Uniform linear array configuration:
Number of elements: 64
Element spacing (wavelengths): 0.25
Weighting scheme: blackman
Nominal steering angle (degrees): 0
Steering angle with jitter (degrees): -1.524
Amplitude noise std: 0.05
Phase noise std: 0.05

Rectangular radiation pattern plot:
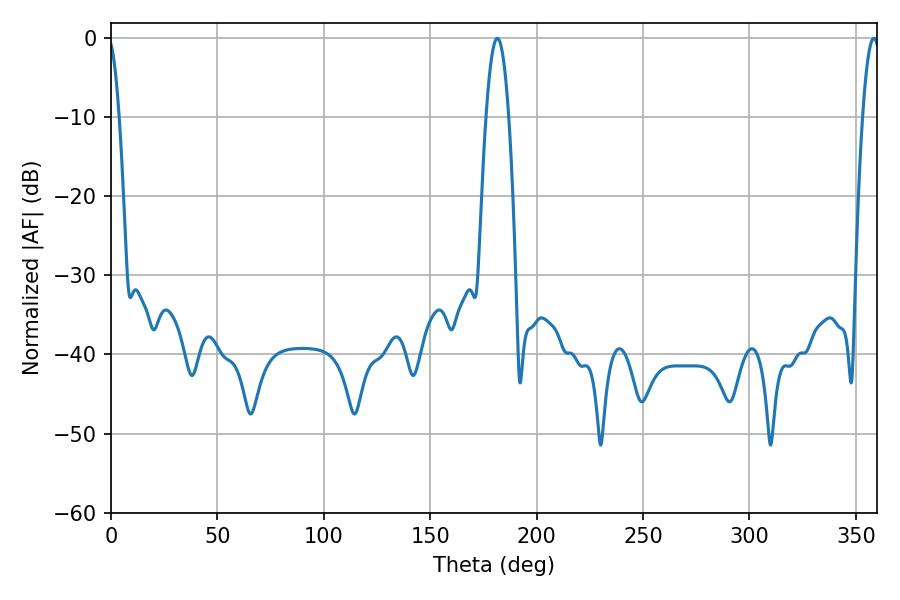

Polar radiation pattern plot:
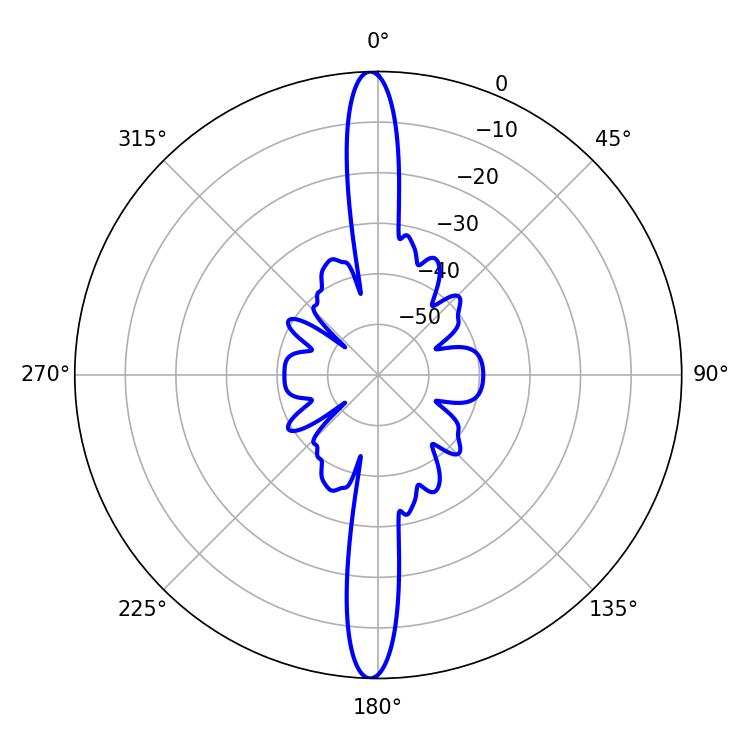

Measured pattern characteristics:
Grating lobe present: FALSE
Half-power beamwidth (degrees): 5.94
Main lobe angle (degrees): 181.62